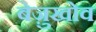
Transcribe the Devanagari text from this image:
बेज़ुखोव